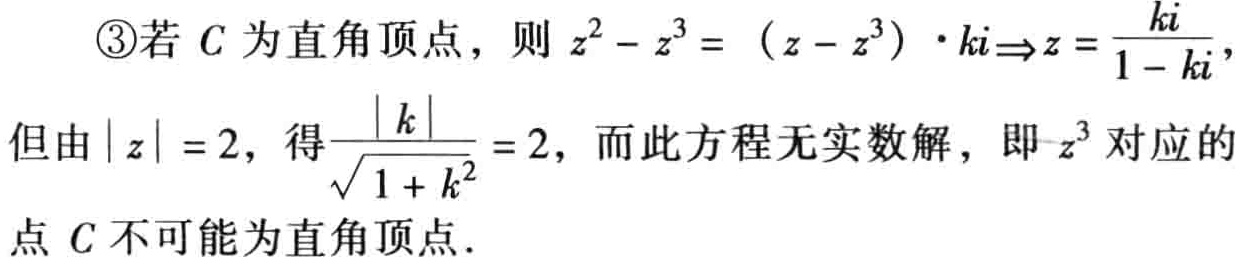
\textcircled{3}若 \(C\) 为直角顶点，则 \(z^{2}-z^{3}=(z - z^{3})\cdot ki\Rightarrow z = \frac{ki}{1 - ki}\)，但由 \(|z| = 2\)，得\(\frac{|k|}{\sqrt{1 + k^{2}}}=2\)，而此方程无实数解，即\(z^{3}\)对应的点 \(C\) 不可能为直角顶点．